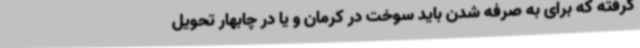
گرفته که برای به صرفه شدن باید سوخت در کرمان و یا در چابهار تحویل